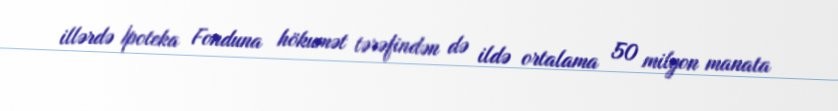
illərdə İpoteka Fonduna hökumət tərəfindən də ildə ortalama 50 milyon manata